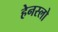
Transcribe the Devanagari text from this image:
हेनस्लो